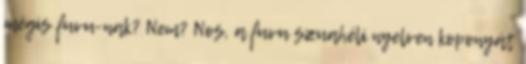
mégis fuvu-nak? Nem? Nos, a fuvu szuahéli nyelven koponyát